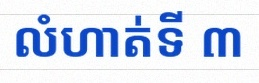
លំហាត់ទី ៣